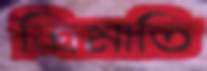
ত্রিমাতি